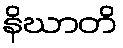
နိဃာတိ